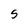
Character: 5